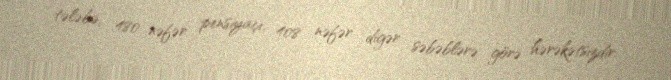
tələbə, 480 nəfər pensiyaçı, 408 nəfər digər səbəblərə görə hərəkətsizdir.